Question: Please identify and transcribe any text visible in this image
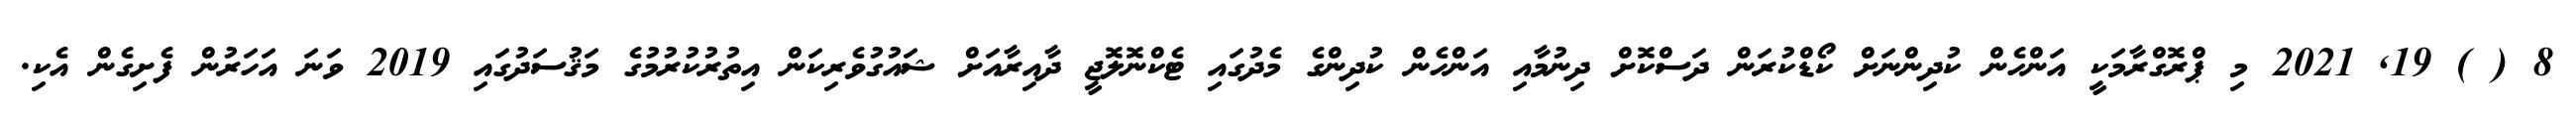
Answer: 8 ( ) 19, 2021 މި ޕްރޮގްރާމަކީ އަންހެން ކުދިންނަށް ކޯޑްކުރަން ދަސްކޮށް ދިނުމާއި އަންހެން ކުދިންގެ މެދުގައި ޓެކްނޮލޮޖީ ދާއިރާއަށް ޝައުގުވެރިކަން އިތުރުކުރުމުގެ މަޤުސަދުގައި 2019 ވަނަ އަހަރުން ފެށިގެން އެކި.